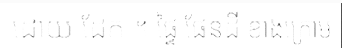
ដោយ ដែក ។ ផ្ទៃ ផែនដី ខាងក្រោម